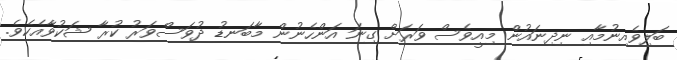
ބަލިވެއިނުމާއި ނިދިނައުން މިއީވެސް ވަރަށް ގިނަ އަންހެނުން މާބަނޑު ދުވަސްވަރު ކުރާ ޝަކުވާއެކެވެ.